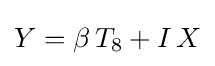
Y=\beta \,T_{8}+I\,X